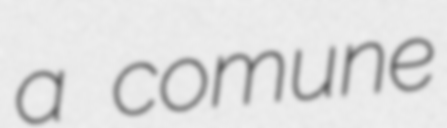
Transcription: a comune